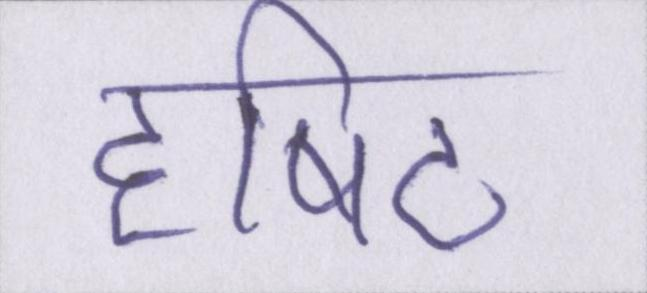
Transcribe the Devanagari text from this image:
दृषिट